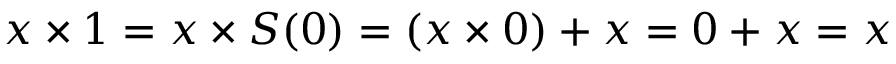
x \times 1 = x \times S ( 0 ) = ( x \times 0 ) + x = 0 + x = x